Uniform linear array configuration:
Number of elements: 64
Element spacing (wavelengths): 0.25
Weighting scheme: exponential
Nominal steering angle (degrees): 60
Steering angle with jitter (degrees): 61.118
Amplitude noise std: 0.05
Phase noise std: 0.05

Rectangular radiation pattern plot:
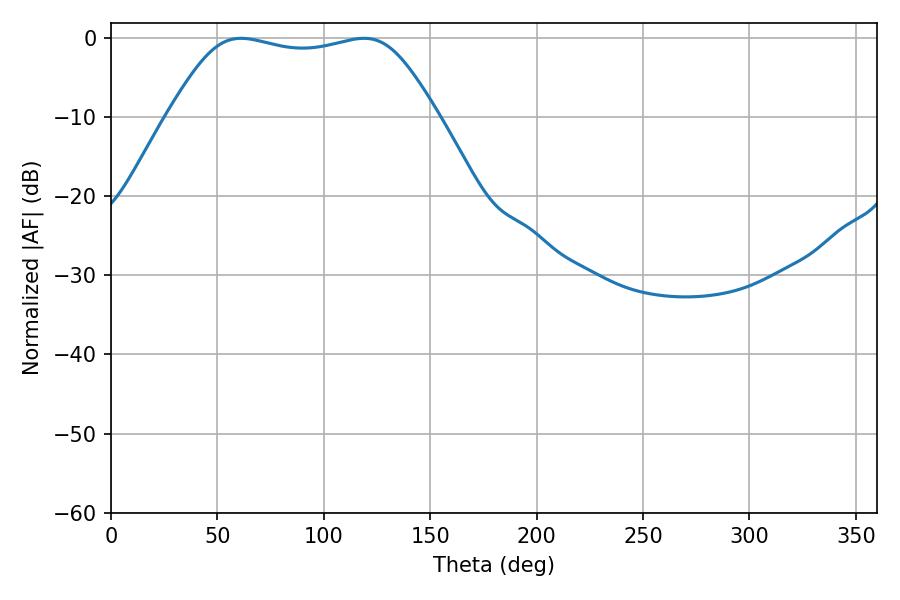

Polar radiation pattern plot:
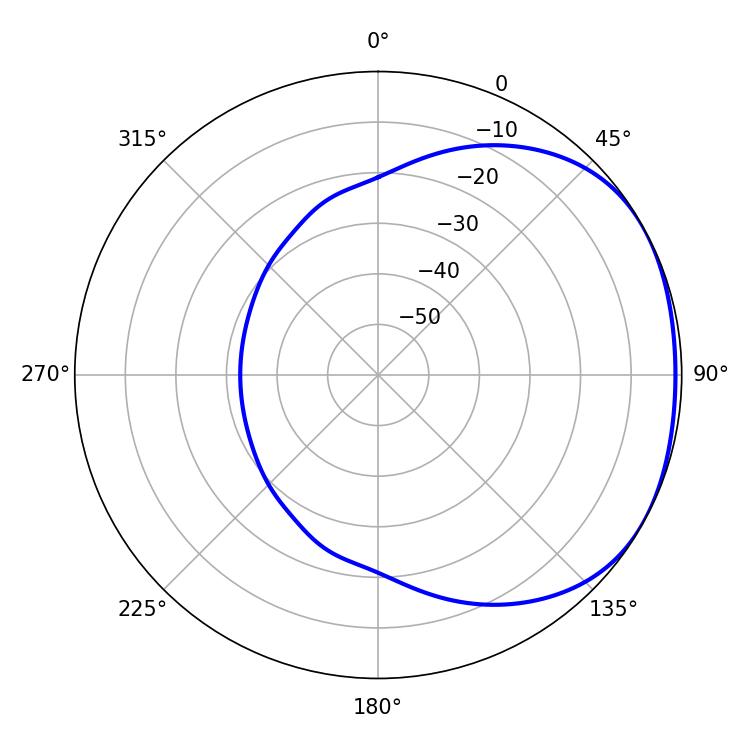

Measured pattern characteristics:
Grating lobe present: FALSE
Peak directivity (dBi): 1.691
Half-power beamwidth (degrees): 95.4
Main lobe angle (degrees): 61.2